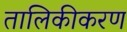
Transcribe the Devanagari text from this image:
तालिकीकरण